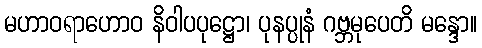
မဟာဝရာဟောဝ နိဝါပပုဋ္ဌော၊ ပုနပ္ပုနံ ဂဗ္ဘမုပေတိ မန္ဒော။